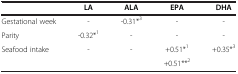
<table><thead><tr><td><b> </b></td><td><b>LA</b></td><td><b>ALA</b></td><td><b>EPA</b></td><td><b>DHA</b></td></tr></thead><tbody><tr><td>Gestational week</td><td>-</td><td>-0.31*<sup>3</sup></td><td>-</td><td>-</td></tr><tr><td>Parity</td><td>-0.32*<sup>1</sup></td><td>-</td><td>-</td><td>-</td></tr><tr><td rowspan="2">Seafood intake</td><td rowspan="2">-</td><td rowspan="2">-</td><td>+0.51*<sup>1</sup></td><td rowspan="2">+0.35*<sup>3</sup></td></tr><tr><td>+0.51**<sup>2</sup></td></tr></tbody></table>